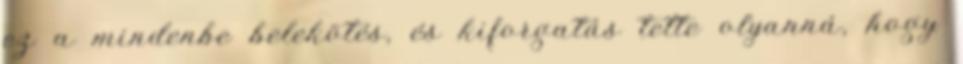
ez a mindenbe belekötés, és kiforgatás tette olyanná, hogy